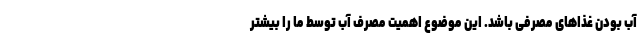
آب بودن غذاهای مصرفی باشد. این موضوع اهمیت مصرف آب توسط ما را بیشتر